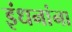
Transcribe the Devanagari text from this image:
इंधनांना